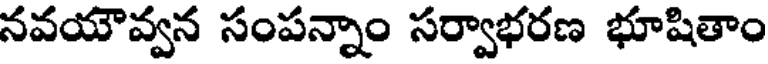
నవయౌవ్వన సంపన్నాం సర్వాభరణ భూషితాం